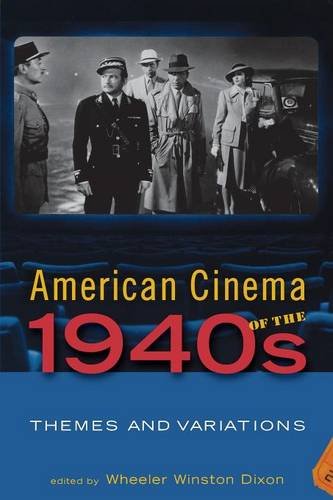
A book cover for American Cinema of the 1940s: Themes and Variations (Screen Decades: American Culture/American Cinema); Humor & Entertainment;